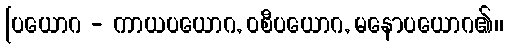
[ပယောဂ - ကာယပယောဂ, ဝစီပယောဂ, မနောပယောဂ၏၊၊